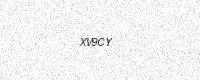
Text: XV9CY